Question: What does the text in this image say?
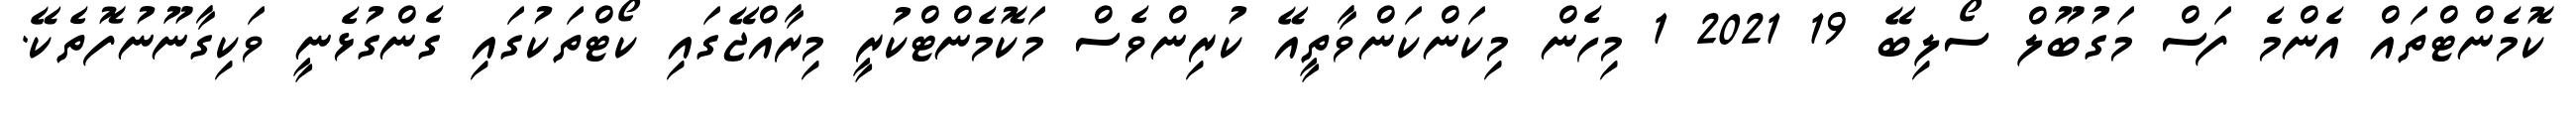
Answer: ކޮމެންޓްތައް އެންމެ ފަސް މަގުބޫލް ސޯލިބޭ 19 2021 1 މިހެން މިކަންކަންވާތީއޭ ކުރިންވެސް މަކޮމެންޓްކުރީ މިރާއްޖޭގައި ކޯޓްތަކުގައި ގެންގުޅެނީ ވަކިގާނޫނުފޮތެކޭ.